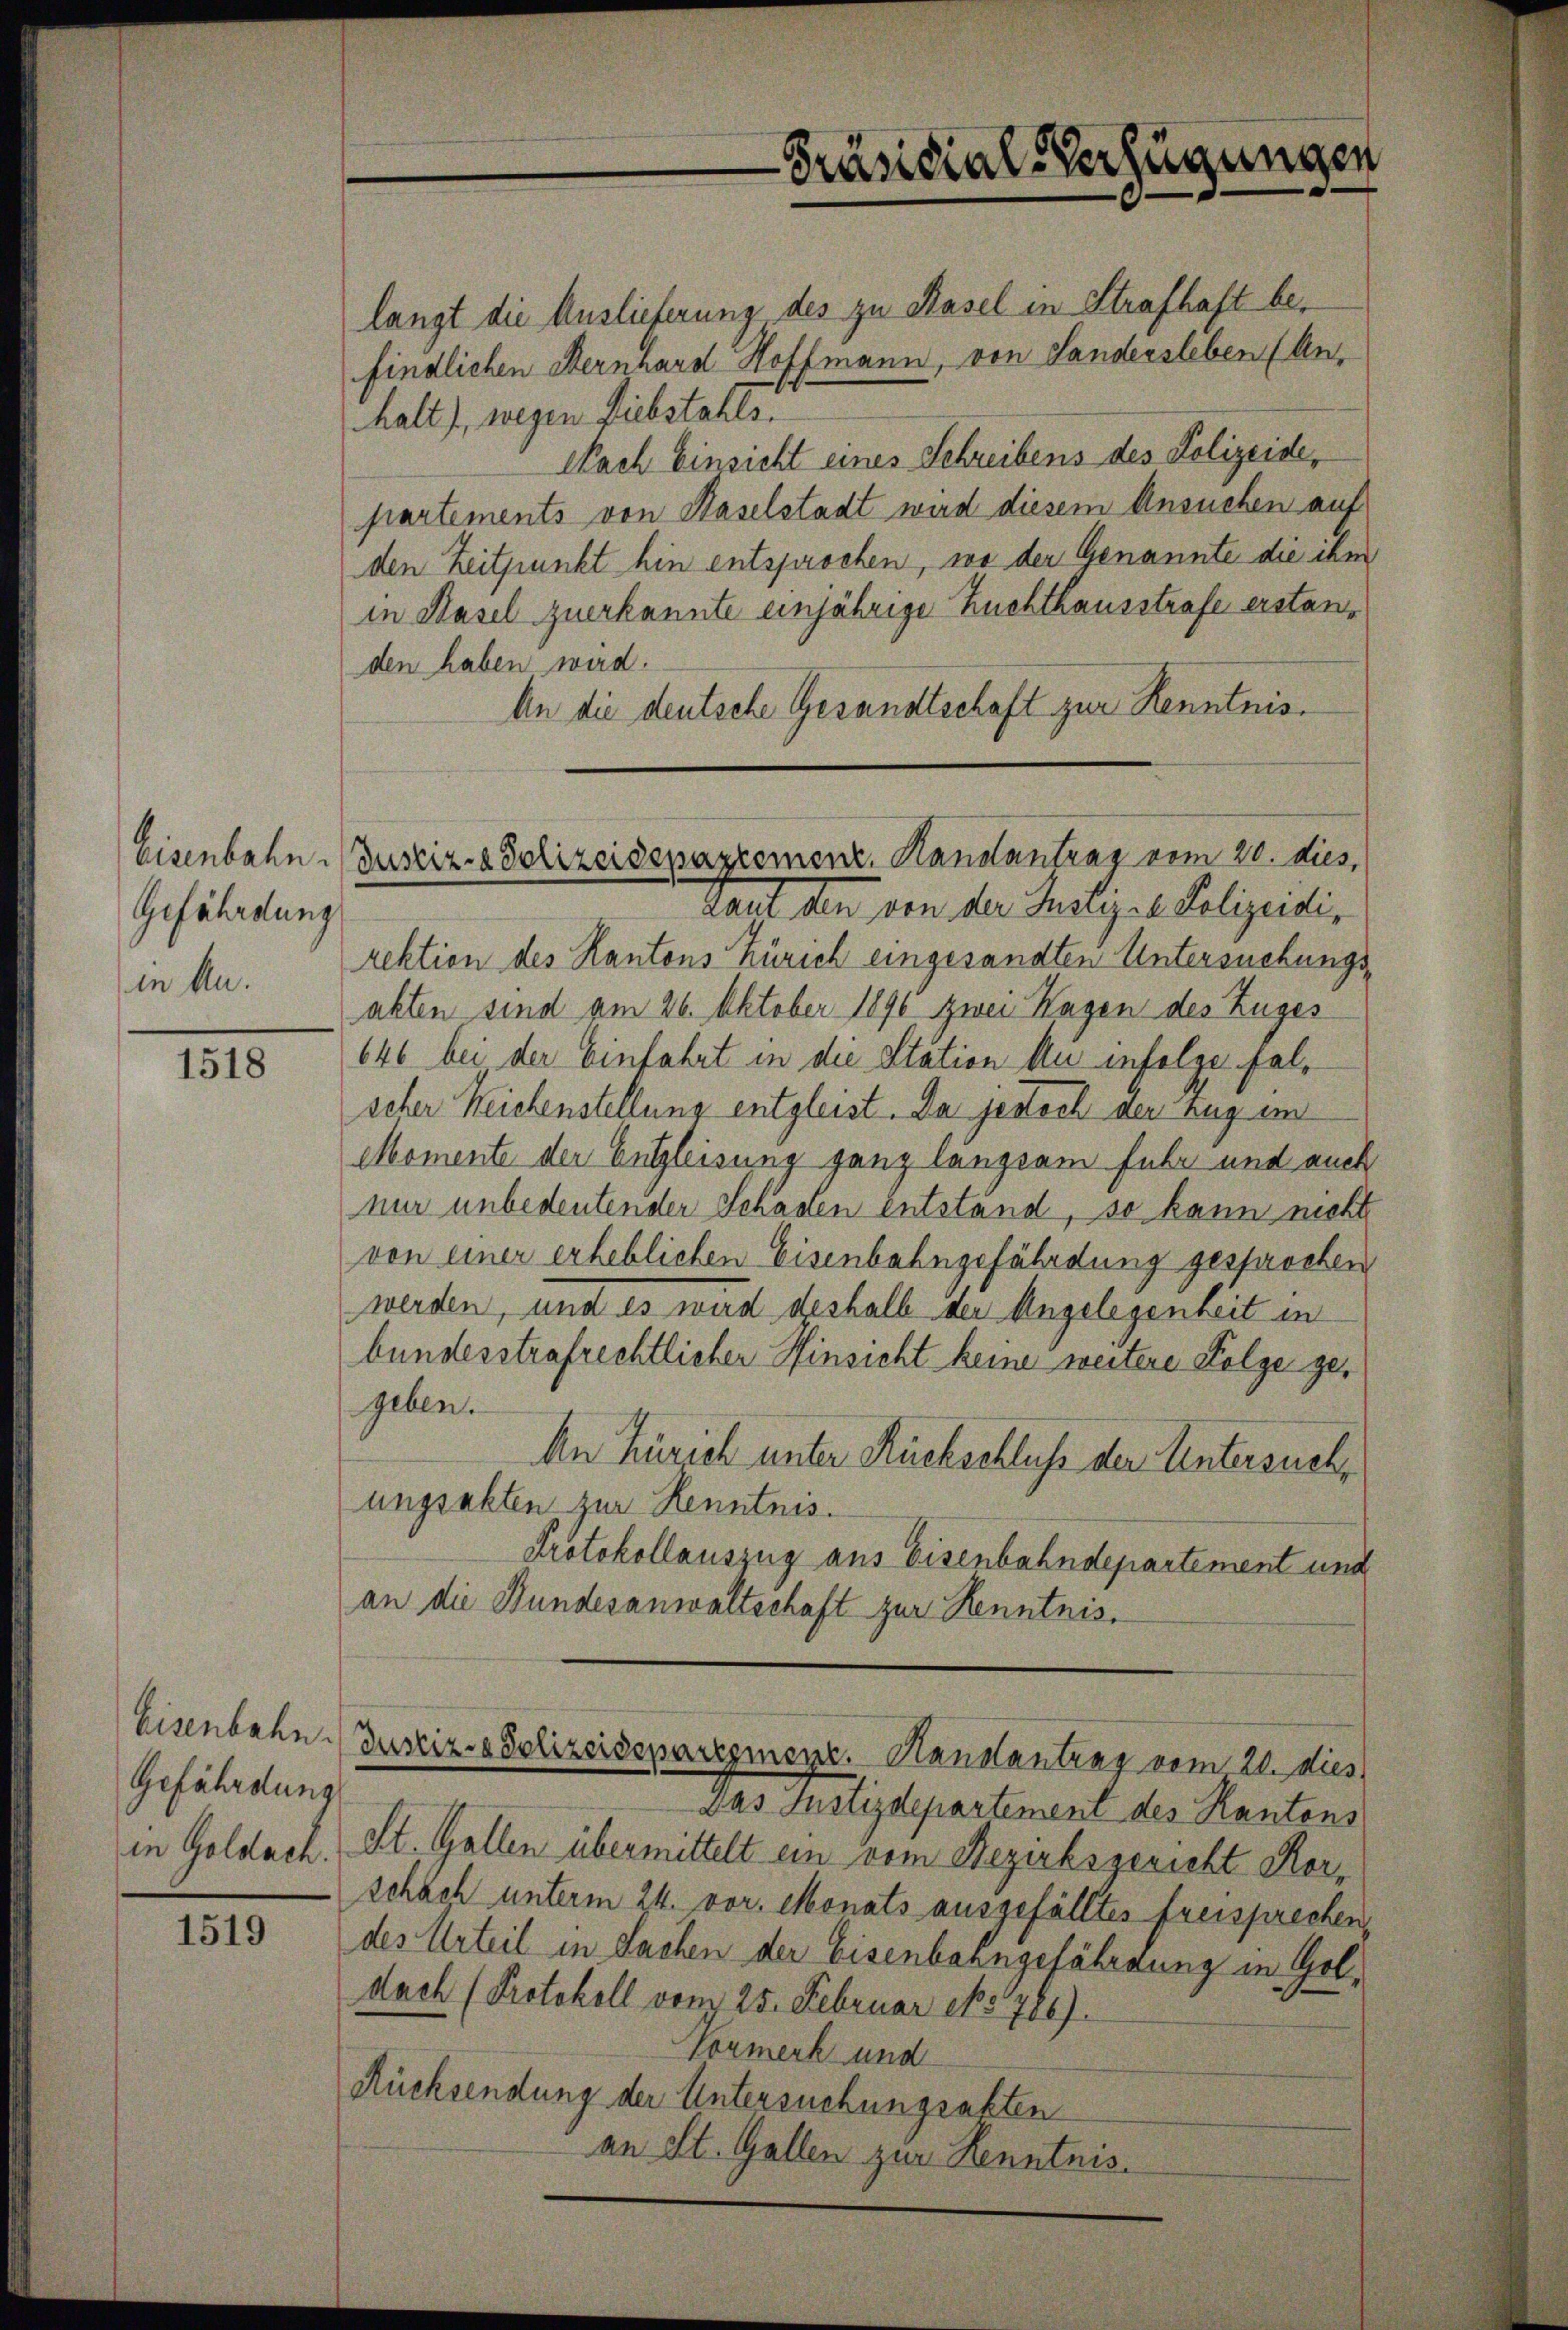
Eisenbahn.
Gefährdung
in An¬

1518

Eisenbahn.
Gefährdung
in Goldach.

1519

langt die Auslieferung des zu Rasel in Strafhaft befindlichen Bernhard Hoffmann, von Landersleben (An-
halt), wegen Diebstahle.
Nach Einsicht eines Schreibens des Polizeidepartements von Haselstadt wird diesem Ansuchen auf
den Zeitpunkt hin entsprochen, wo der Genannte die ihm
in Hasel zuerkannte einjährige Zuchthausstrafe erstanden haben wird.
An die deutsche Gesandtschaft zur Kenntnis¬
Laut den von der Justiger Polizeidi,
rektion des Kantons Zürich eingesandten Untersuchungsakten sind am 26. Oktober 1890 zwei Hagen des Zuges
646 bei der Einfahrt in die Station du infolge falscher Weichenstellung entgleist. Da jedoch der Zug im
Momente der Entzleisung ganz längsam fuhr und auch
nur unbedeutender Schaften entstand, so kann nicht
von einer erheblichen Eisenbahngefährdung gesprochen
werden, und es wird deshalb der Angelegenheit in
bundesstrafrechtlicher Hinsicht keine weitere Folge gegeben.
An Zürich unter Rückschluß der Untersuche
ungsabten zur Kenntnis.
Protokollauszug aus Eisenbahndepartement und
an die Bundesanwaltschaft zur Kenntnis.
Justiz- & Polizeideparegiene. Hanslantrag vom 20. dies
Das Justizdepartement des Kantons
St. Gallen übermittelt ein vom Bezirksgericht Korschach unterm 24. vor. Monats ausgefälltes freisprechendes Urteil in Sachen der Eisenbahngefährdung in Gol¬
Nach (Protokoll vom 25. Februar 15786).
Vormerk und
Rücksendung der Untersuchungsabten
an St. Gallen zur Kenntnis.

Präsidial-Verfügungen

Justiz- & Polizeidepartemenz, Hanstantrag vom 20. dies,